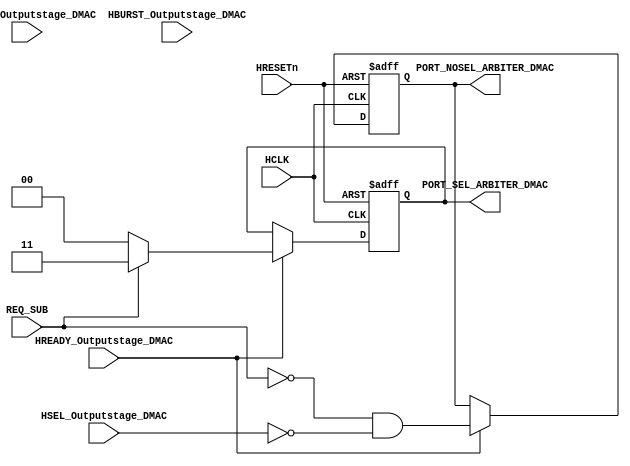
module AHBlite_BusMatrix_Arbiter_DMAC(
    input   HCLK,
    input   HRESETn,
    input   REQ_SUB,
    input   HREADY_Outputstage_DMAC,
    input   HSEL_Outputstage_DMAC,
    input   [1:0]   HTRANS_Outputstage_DMAC,
    input   [2:0]   HBURST_Outputstage_DMAC,
    output  wire [1:0]  PORT_SEL_ARBITER_DMAC,
    output  wire        PORT_NOSEL_ARBITER_DMAC
);

reg noport;
wire    noport_next;

assign noport_next  =   (~REQ_SUB)  &   (~HSEL_Outputstage_DMAC);        

reg [1:0] selport;
wire    [1:0] selport_next;

assign  selport_next    =   REQ_SUB   ?   2'b11   : 2'b00;
                        
always@(posedge HCLK or negedge HRESETn) begin
    if(~HRESETn) begin
        noport  <=  1'b1;
        selport <=  2'b00;
    end else if(HREADY_Outputstage_DMAC) begin
        noport  <=  noport_next;
        selport <=  selport_next;
    end
end

assign  PORT_NOSEL_ARBITER_DMAC  =   noport;
assign  PORT_SEL_ARBITER_DMAC   =   selport;

endmodule